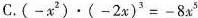
C. $$( - x^{2}) \cdot ( - 2 x )^{3} = - 8 x^{5}$$